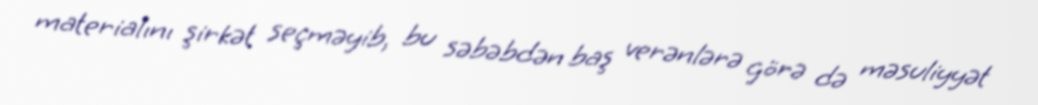
materialını şirkət seçməyib, bu səbəbdən baş verənlərə görə də məsuliyyət